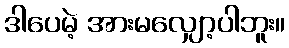
ဒါပေမဲ့ အားမလျှော့ပါဘူး။